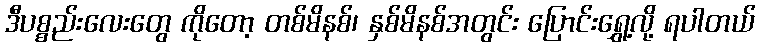
ဒီပစ္စည်းလေးတွေ ကိုတော့ တစ်မိနစ်၊ နှစ်မိနစ်အတွင်း ပြောင်းရွှေ့လို့ ရပါတယ်